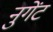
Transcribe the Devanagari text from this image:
नुगेंट